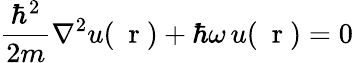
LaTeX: \frac{\hbar^{2}}{2m}\nabla^{2}u(\mathrm{~\mathbf~r~})+\hbar\omega\, u(\mathrm{~\mathbf~r~})=0\;